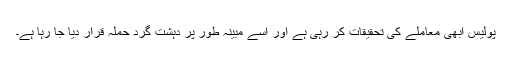
پولیس ابھی معاملے کی تحقیقات کر رہی ہے اور اسے مبینہ طور پر دہشت گرد حملہ قرار دیا جا رہا ہے۔